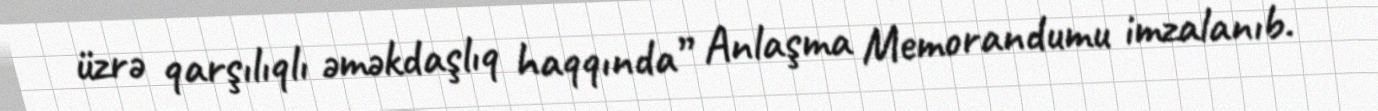
üzrə qarşılıqlı əməkdaşlıq haqqında” Anlaşma Memorandumu imzalanıb.